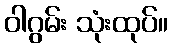
ဝါဂွမ်း သုံးထုပ်။